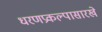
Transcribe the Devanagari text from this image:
धरणप्रकल्पासारखे